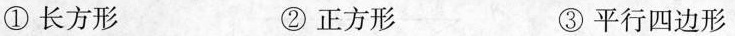
①长方形 ②正方形 ③平行四边形